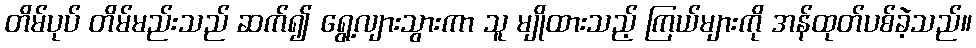
တိမ်ပုပ် တိမ်မည်းသည် ဆက်၍ ရွေ့လျားသွားကာ သူ မျိုထားသည့် ကြယ်များကို အန်ထုတ်ပစ်ခဲ့သည်။